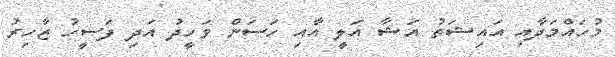
މުހައްމަދާއި އައިޝަތު އަޝާ އަލީ އާއި ހަސަން ވަހީދު އަދި ފަސީހު ޒާހިރު